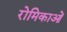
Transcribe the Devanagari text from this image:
रोमिकाओं